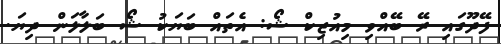
ފޭދޫގައި ރޭ ބޭއްވި މިއުޒިކް ޝޯ: އެތައް ބަޔަކު ޝޯ ބަލާލަން ދިޔަ.